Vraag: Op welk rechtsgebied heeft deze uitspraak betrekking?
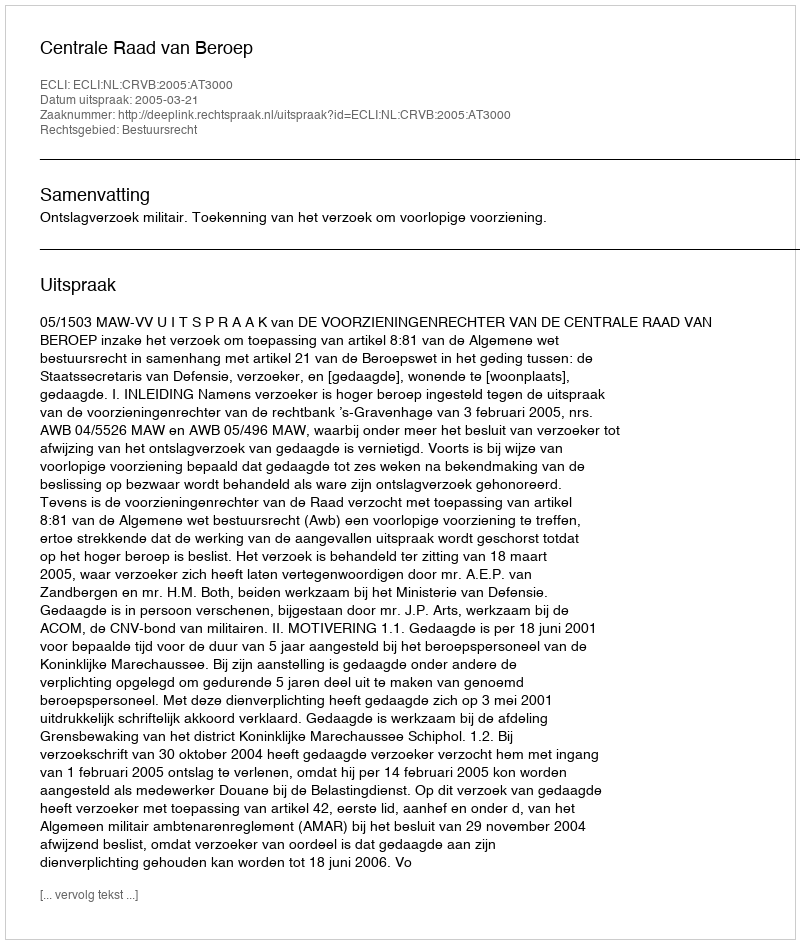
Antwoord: Bestuursrecht